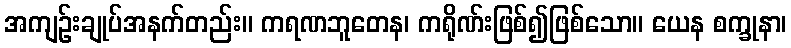
အကျဉ်းချုပ်အနက်တည်း။ ကရဏဘူတေန၊ ကရိုဏ်းဖြစ်၍ဖြစ်သော။ ယေန စက္ခုနာ၊